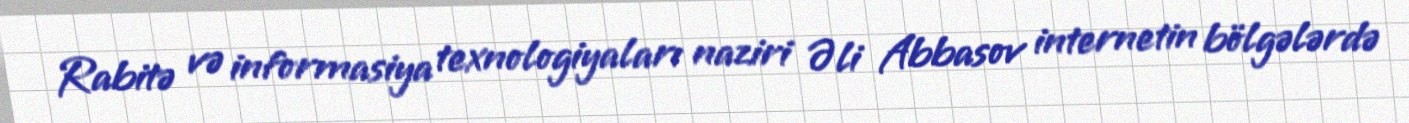
Rabitə və informasiya texnologiyaları naziri Əli Abbasov internetin bölgələrdə